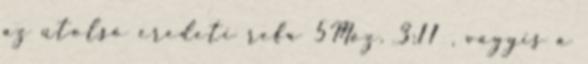
az utolsó eredeti refa 5Móz. 3:11 , vagyis a